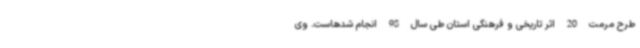
طرح مرمت 20 اثر تاریخی و فرهنگی استان طی سال 98 انجام‌ شدهاست. وی